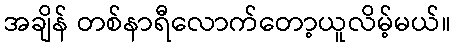
အချိန် တစ်နာရီလောက်တော့ယူလိမ့်မယ်။